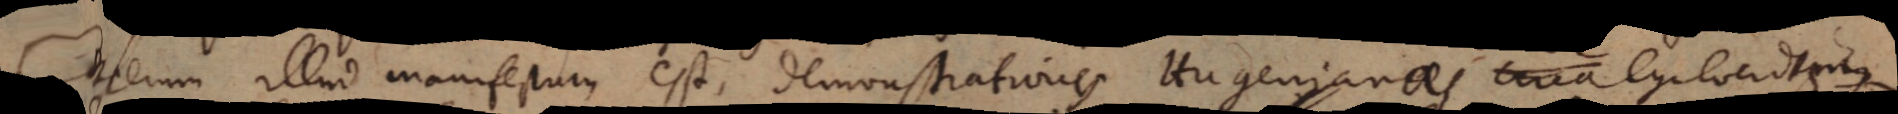
Caeterum illud manifestum est, demonstrationes Hugenianas circa Cycloeidem